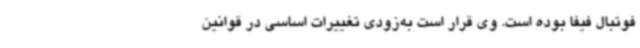
فوتبال فیفا بوده است. وی قرار است به‌زودی تغییرات اساسی در قوانین